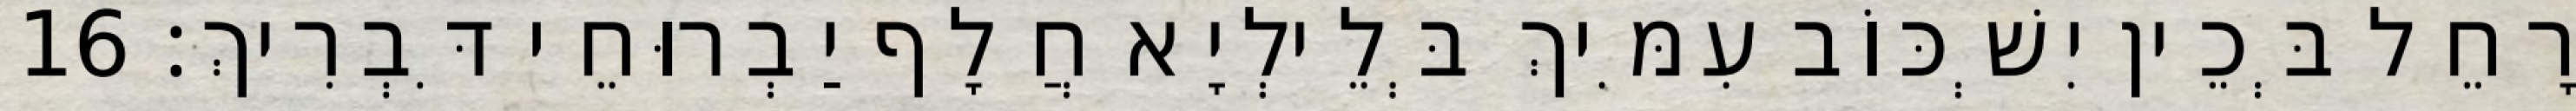
רָחֵל בְּכֵין יִשְׁכּוֹב עִמִּיךְ בְּלֵילְיָא חֲלָף יַבְרוּחֵי דִּבְרִיךְ׃ 16